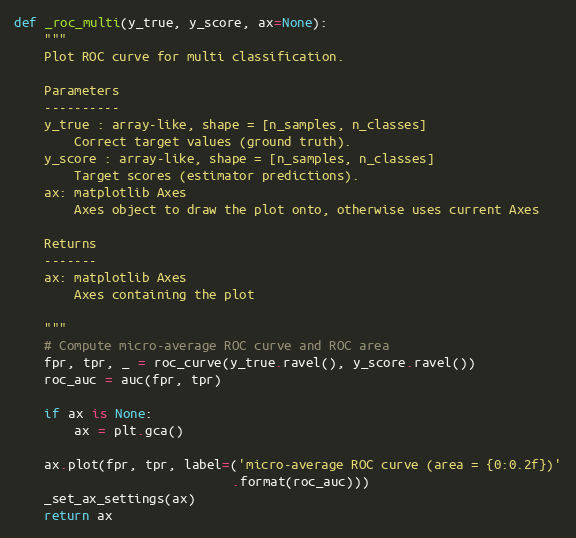
Language: Python
def _roc_multi(y_true, y_score, ax=None):
    """
    Plot ROC curve for multi classification.

    Parameters
    ----------
    y_true : array-like, shape = [n_samples, n_classes]
        Correct target values (ground truth).
    y_score : array-like, shape = [n_samples, n_classes]
        Target scores (estimator predictions).
    ax: matplotlib Axes
        Axes object to draw the plot onto, otherwise uses current Axes

    Returns
    -------
    ax: matplotlib Axes
        Axes containing the plot

    """
    # Compute micro-average ROC curve and ROC area
    fpr, tpr, _ = roc_curve(y_true.ravel(), y_score.ravel())
    roc_auc = auc(fpr, tpr)

    if ax is None:
        ax = plt.gca()

    ax.plot(fpr, tpr, label=('micro-average ROC curve (area = {0:0.2f})'
                             .format(roc_auc)))
    _set_ax_settings(ax)
    return ax